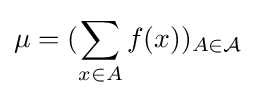
\mu =(\sum _{x\in A}f(x))_{A\in {\cal {A}}}